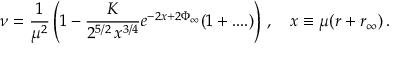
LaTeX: \nu = \frac { 1 } { \mu ^ { 2 } } \left( 1 - \frac { K } { 2 ^ { 5 / 2 } \, x ^ { 3 / 4 } } e ^ { - 2 x + 2 \Phi _ { \infty } } ( 1 + . . . . ) \right) \, , \quad x \equiv \mu ( r + r _ { \infty } ) \, .